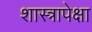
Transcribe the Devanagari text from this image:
शास्त्रापेक्षा